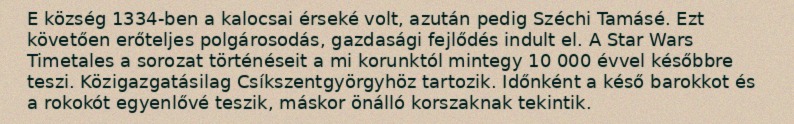
E község 1334-ben a kalocsai érseké volt, azután pedig Széchi Tamásé. Ezt követően erőteljes polgárosodás, gazdasági fejlődés indult el. A Star Wars Timetales a sorozat történéseit a mi korunktól mintegy 10 000 évvel későbbre teszi. Közigazgatásilag Csíkszentgyörgyhöz tartozik. Időnként a késő barokkot és a rokokót egyenlővé teszik, máskor önálló korszaknak tekintik.